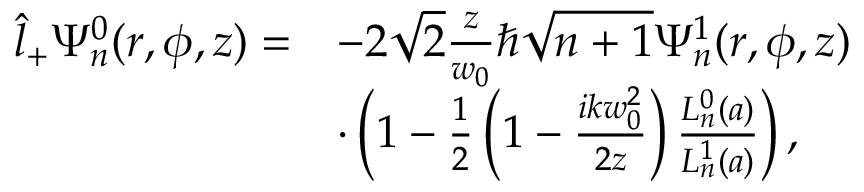
\begin{array} { r l } { \hat { l } _ { + } \Psi _ { n } ^ { 0 } ( r , \phi , z ) = } & { - 2 \sqrt { 2 } \frac { z } { w _ { 0 } } \hbar \sqrt { n + 1 } \Psi _ { n } ^ { 1 } ( r , \phi , z ) } \\ & { \cdot \left( 1 - \frac { 1 } { 2 } \left( 1 - \frac { i k w _ { 0 } ^ { 2 } } { 2 z } \right) \frac { L _ { n } ^ { 0 } ( a ) } { L _ { n } ^ { 1 } ( a ) } \right) , } \end{array}